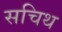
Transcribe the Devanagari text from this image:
सचिथ